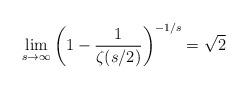
LaTeX: \begin{align*}\lim_{s\to\infty} \left(1-\frac{1}{\zeta(s/2)}\right)^{-1/s}=\sqrt2\end{align*}